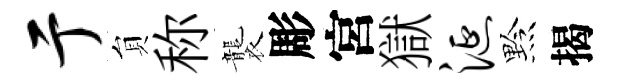
亍貟称襲彫宮獄涎黔揭